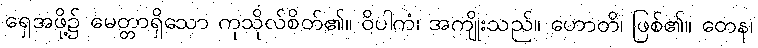
ရှေအဖို့၌ မေတ္တာရှိသော ကုသိုလ်စိတ်၏။ ဝိပါကံ၊ အကျိုးသည်။ ဟောတိ၊ ဖြစ်၏။ တေန၊